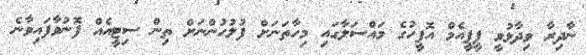
ނާދިރާ ވިދާޅުވީ ޕީޕީއެމް އޮފީހުގެ މައްސަލާގައި މިހާތަނަށް ފުލުހުންނަށް ތިން ސިޓީއެއް ފޮނުވާފައިވާނެ